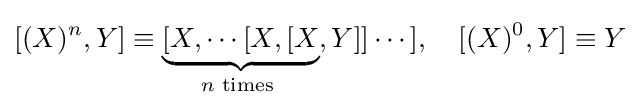
[(X)^{n},Y]\equiv \underbrace {[X,\dotsb [X,[X} _{n{\text{ times }}},Y]]\dotsb ],\quad [(X)^{0},Y]\equiv Y